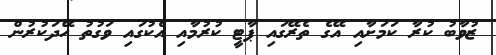
ޒުވާބު ކުރާ ކަމަށާއި އޭގެ ތެރޭގައި ޕާޓީ ކުރުމާއި އެކުގައި ވަގުތު ހޭދަކުރުން